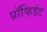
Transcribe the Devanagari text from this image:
प्रॉव्हिडंट